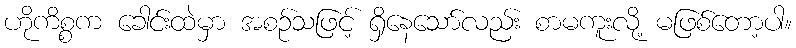
ဟိုကိစ္စက ခေါင်းထဲမှာ အစဉ်သဖြင့် ရှိနေသော်လည်း စာမကူးလို့ မဖြစ်တော့ပါ။